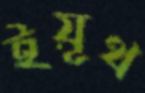
ইয়ূথ